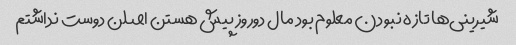
شیرینی‌ها تازه نبودن معلوم بود مال دوروز پیش هستن اصلن دوست نداشتم